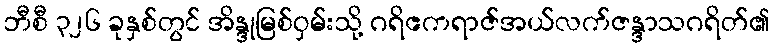
ဘီစီ ၃၂၆ ခုနှစ်တွင် အိန္ဒုမြစ်ဝှမ်းသို့ ဂရိဧကရာဇ်အယ်လက်ဇန္ဒာသဂရိတ်၏